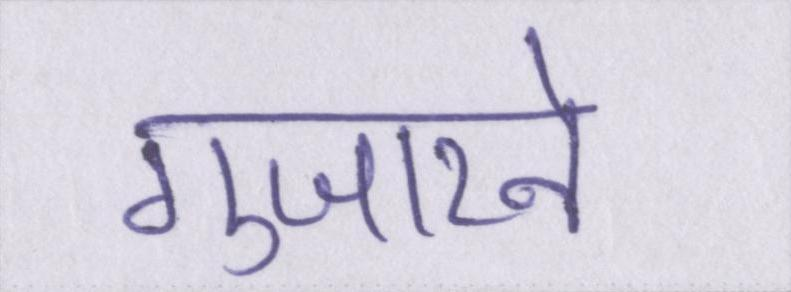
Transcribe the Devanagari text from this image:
गुजारने